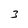
Character: 3